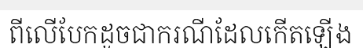
ពីលើបែកដូចជាករណីដែលកើតឡើង